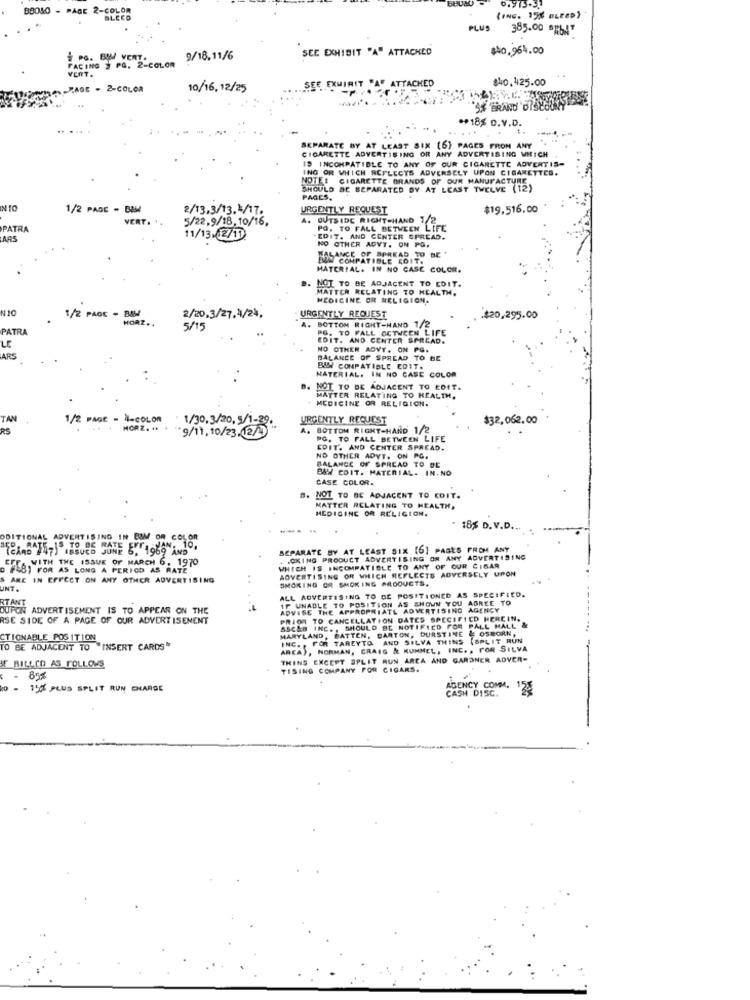
BB040 - PAGE 2-COLOR
0.975-31
BLEED
(ING. 15% GLEED)
PLUS
385.00 ** 647
SEE EXHIBIT "A" ATTACHED
$40,964,00
# pa. BU/ VERT
FACING # PQ. 2-COLOR
9/18.11/6
VERT.
SEE EXWIRIT "A" ATTACHED
$40.425.00
GE - 2-COLOR
10/16, 12/25
5% BRAND
** 18% D.v.D.
SEPARATE BY AT LEAST SIX (6) PAGES FROM ANY
CIGARETTE ADVERTISING OR ANY ADVERTISING WHICH
IS INCOMPATIBLE TO ANY OF OUR CIGARETTE ADVERTIS-
ING OR WHICH REFLECTS ADVERSELY UPON CIGARETTES.
NOTE: CIGARETTE BRANDS OF OUR MANUFACTURE
SHOULD BE SEPARATED BY AT LEAST TWELVE (12)
PAGES.
INTO
1/2 PAGE - BEM
2/13.3/13.4/17.
URGENTLY REQUEST
$19.516.00
VERT.
5/22.9/18. 10/16,
A. OUTSIDE RIGHT-HAND 1/2
PATRA
PO, TO FALL BETWEEN LIFE
ARS
11/13.12/11
EDIT. AND CENTER SPREAD.
NO OTHER ADVT. ON PO.
BALANCE OF SPREAD TO BE '
COMPATIBLE SOIT.
MATERIAL. IN NO CASE COLOR.
B. NOT TO BE ADJACENT TO EDIT.
MATTER RELATING TO HEALTH.
MEDICINE OR RELIGION.
NIC
1/2 PACK - BEM
HORZ ..
2/20,3/27,4/24,
URGENTLY REQUEST
$20,295.00
PATRA
5/15
. BOTTOM RIGHT-HAND 1/2
PG, TO FALL OCTWEEN LIFE
EDIT. AND CENTER SPREAD.
LE
NO OTHER AOVT. ON PC.
ARS
BALANCE OF SPREAD TO BE
BABY COMPATIBLE EDIT.
MATERIAL. IN NO CASE COLOR
NOT TO DE ADJACENT TO EDIT.
MATTER RELATING TO HEALTH.
MEDICINE OR RELIGION.
TAN
1/2 PAGE - 4-COLOR
:1/30.3/20, 5/1-29.
URGENTLY REQUEST
$32,062.00
RS
. MORZ. "* * ** 9/11, 10/23.12/0)
BOTTOM RIGHT-HAND 1/2
PG. TO FALL BETWEEN LIFE
EDIT. AND CENTER SPREAD.
NO OTHER ADYT. ON PG.
BALANCE OF SPREAD TO BE
BAW EDIT. MATERIAL. IN.NO
CASE COLOR.
B. NOT TO BE ADJACENT TO EDIT.
MATTER RELATING TO HEALTH,
MEDICINE OR RELIGION.
18% D. V.D.
ODITIONAL ADVERTISING IN BOM OR COLOR
SEP. RATE-IS TO OS SOME . 1969 AND
CARD
SEPARATE BY AT LEAST SIX [6] PAGES FROM ANY
WITH THE ISSUE OF MARCH 6, 1970
.CKING PRODUCT ADVERTISING OR ANY ADVERTISING
248) FOR AS LONG A PERIOD AS RATE
WHICH IS INCOMPATIBLE TO ANY OF OUR CIGAR
ADVERTISING OR WHICH REFLECTS ADVERSELY UPON
ARE IN EFFECT ON ANY OTHER ADVERTISING
SMOKING OR SMOKING PRODUCTS.
UNT .
ALL ADVERTISING TO DE POSITIONED AS SPECIFIED.
IF UNABLE TO POSITION AS SHOWN YOU AGREE TO
BUPON ADVERTISEMENT IS TO APPEAR ON THE
ADVISE THE APPROPRIATE ADVERTISING AGENCY
RSE SIDE OF A PAGE OF OUR ADVERTISEMENT
PRIOR TO CANCELLATION DATES SPECIFICO HEREIN.
SSC&B INC ., SHOULD BE NOTIFIED FOR PALL MALL &
MARYLAND, BATTEN, BARTON, DURSTINE & OSBORN,
CTIONABLE POSITION
C. , FOR TAREYTO AND SILVA THINS (SPLIT RUN
TO BE ADJACENT TO INSERT CARDS"
ARCA), NORMAN, CRAIG & KUMMEL, INC. , FOR SILVA
IF BILLCO AS FOLLOWS
THING EXCEPT SPLIT RUN AREA AND GARDNER ADVER-
TISING COMPANY FOR CIGARS.
$ - 85%
ko -
15 PLUS SPLIT RUN CHARGE
AGENCY COMM. 125
CASH DISC.